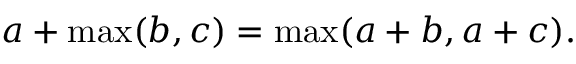
a + \operatorname* { m a x } ( b , c ) = \operatorname* { m a x } ( a + b , a + c ) .